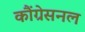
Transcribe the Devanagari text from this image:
कौंग्रेसनल